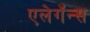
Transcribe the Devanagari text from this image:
एलेगॅन्स